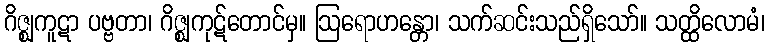
ဂိဇ္ဈကူဋာ ပဗ္ဗတာ၊ ဂိဇ္ဈကုဋ်တောင်မှ။ ဩရောဟန္တော၊ သက်ဆင်းသည်ရှိသော်။ သတ္ထိလောမံ၊